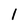
Character: 1